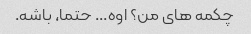
چکمه های من؟ اوه... حتما، باشه.